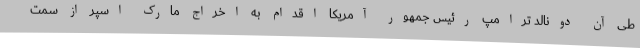
طی آن دونالد ترامپ رئیس جمهور آمریکا اقدام به اخراج مارک اسپر از سمت